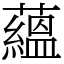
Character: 蘊